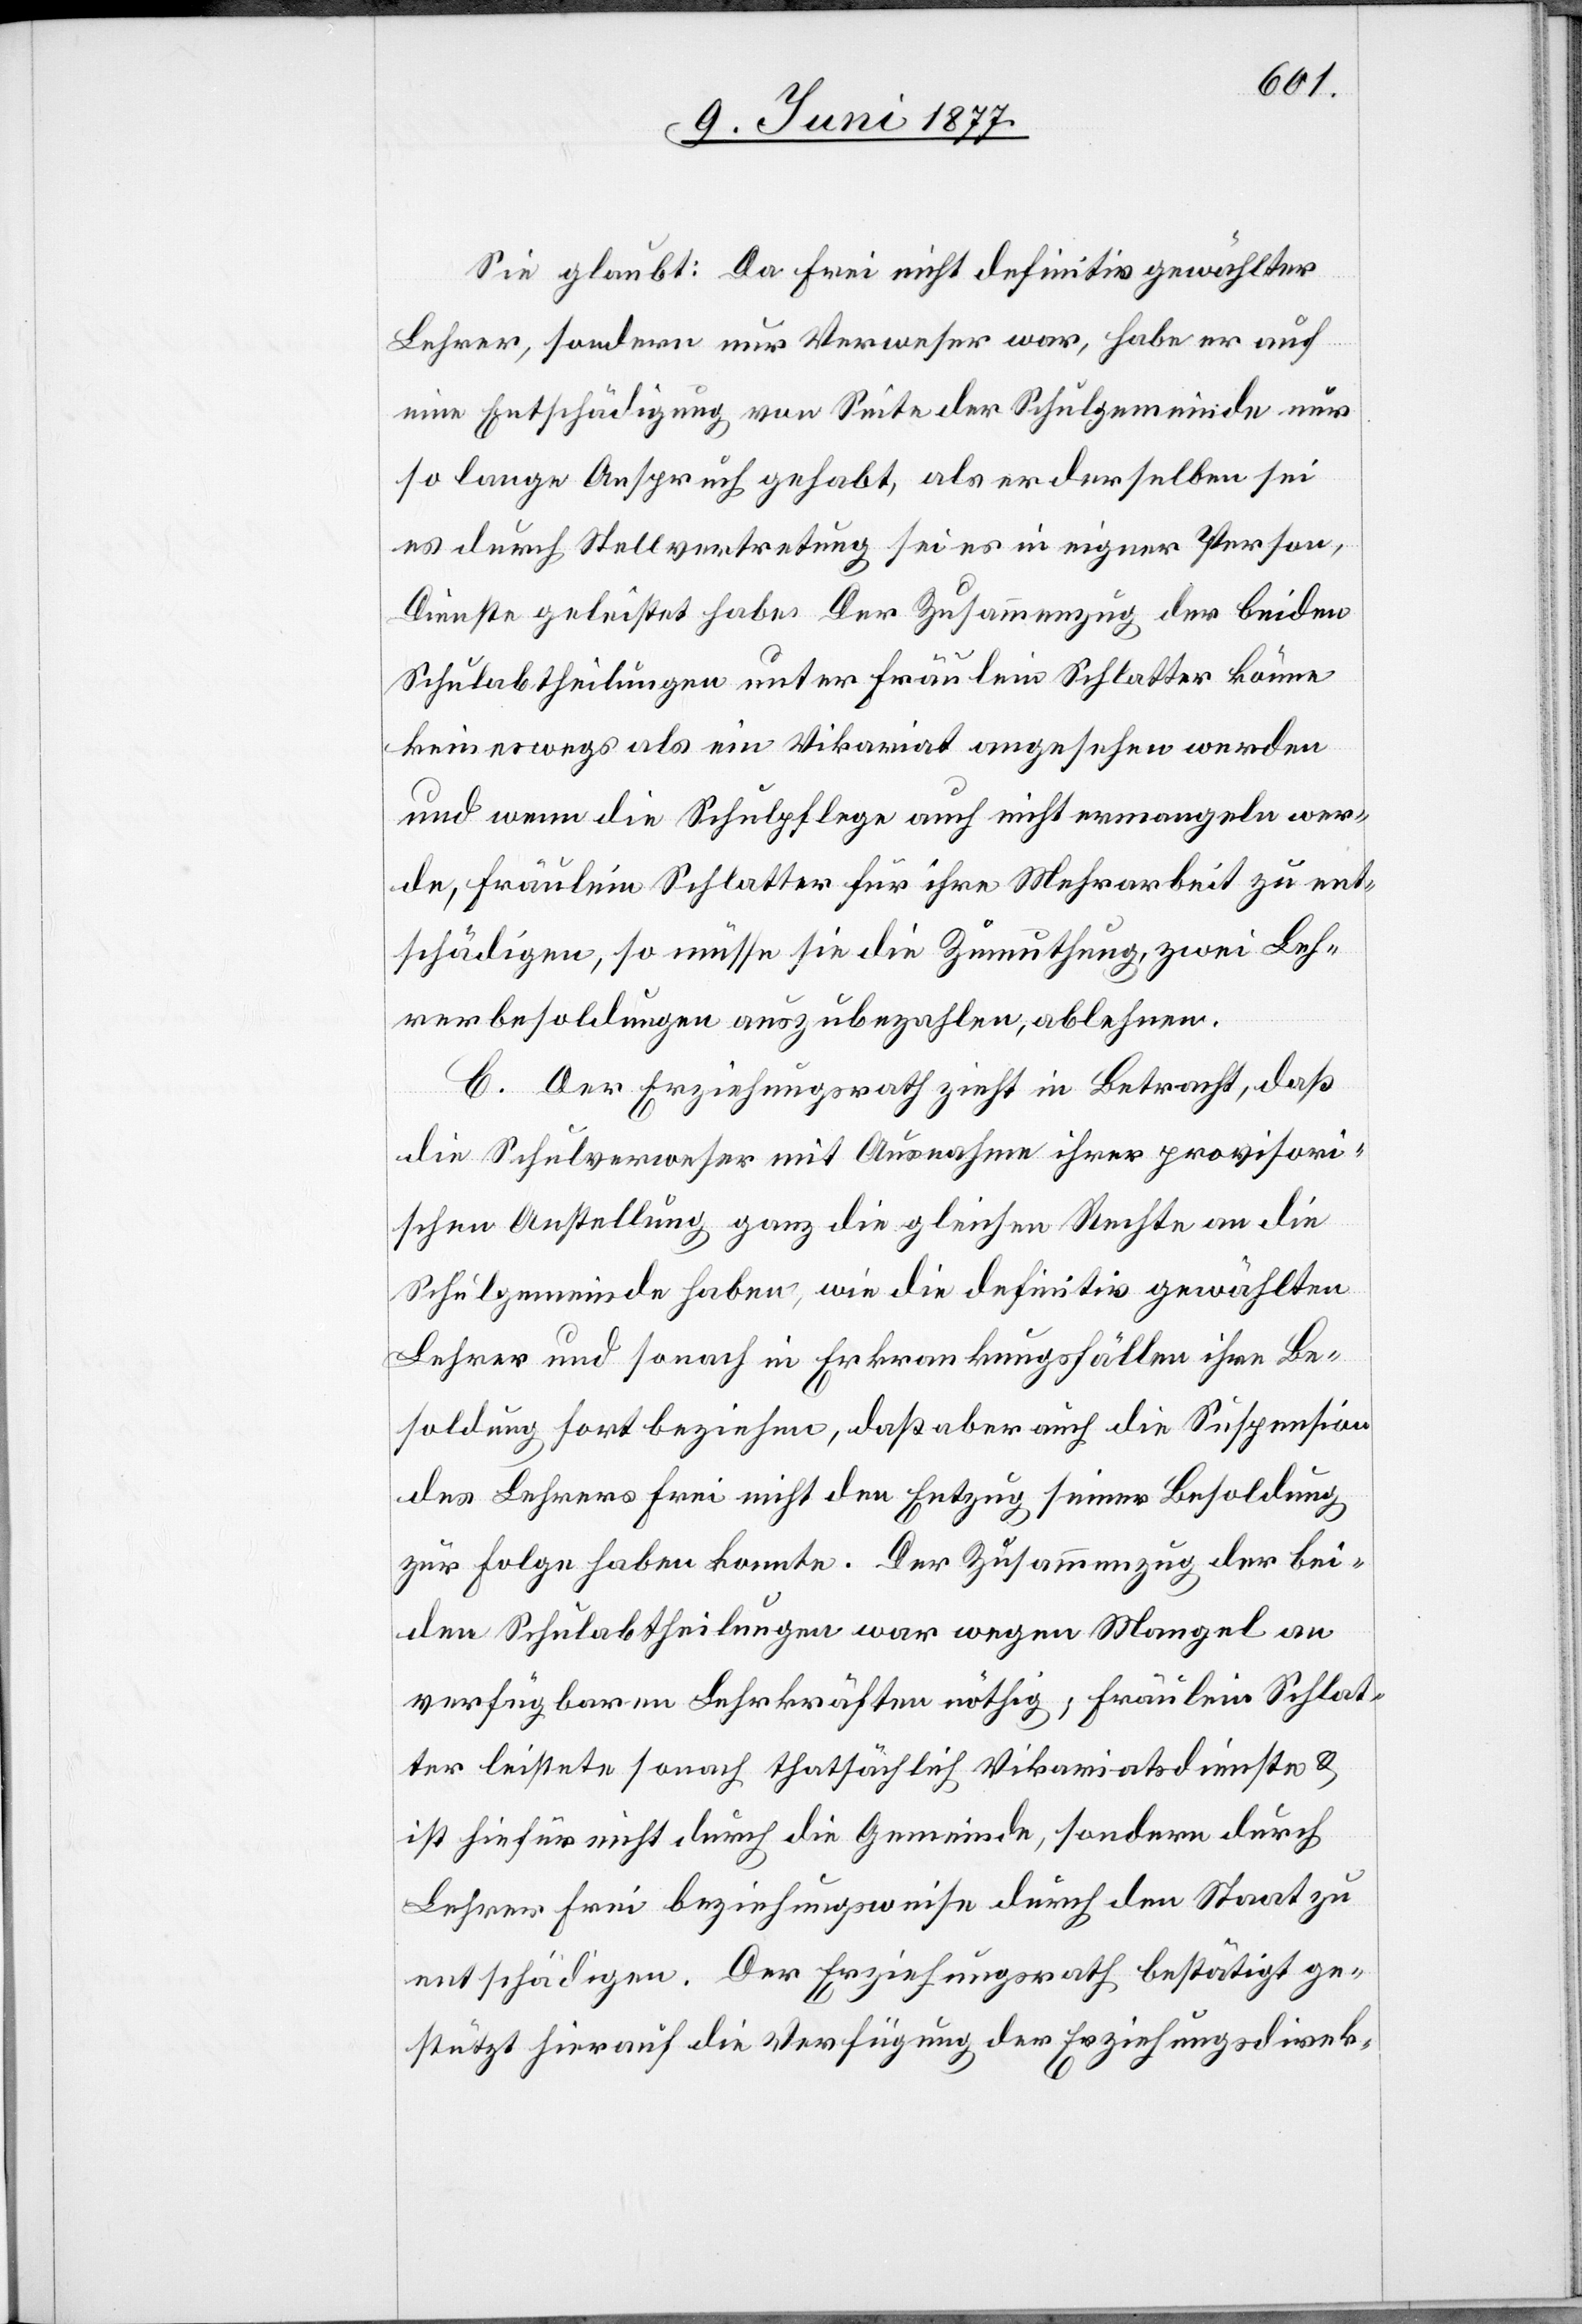
Sie glaubt: Da Frei nicht definitiv gewählter
Lehrer, sondern nur Verweser war, habe er auf
eine Entschädigung von Seite der Schulgemeinde nur
so lange Anspruch gehabt, als er derselben sei
es durch Stellvertretung sei es in eigner Person,
Dienste geleistet habe. Der Zusammenzug der beiden
Schulabtheilungen unter Fräulein Schlatter könne
keineswegs als ein Vikariat angesehen werden
und wenn die Schulpflege auch nicht ermangeln wer¬
de, Fräulein Schlatter für ihr Mehrarbeit zu ent¬
schädigen, so müsse sie die Zumuthung, zwei Leh¬
rerbesoldungen auszubezahlen, ablehnen.
C. Der Erziehungsrath zieht in Betracht, daß
die Schulverweser mit Ausnahme ihrer provisori¬
schen Anstellung ganz die gleichen Rechte an die
Schulgemeinde haben, wie die definitiv gewählten
Lehrer und sonach in Erkrankungsfällen ihre Be¬
soldung sofort bezahlen, daß aber auch die Suspension
des Lehrers Frei nicht den Entzug seiner Besoldung
zur Folge haben konnte. Der Zusammenzug der bei¬
den Schulabtheilungen war wegen Mangel an
verfügbaren Lehrkräften nöthig; Fräulein Schlat¬
ter leistete sonach thatsächlich Vikariatsdienste &
ist hiefür nicht durch die Gemeinde, sondern durch
Lehrer Frei beziehungsweise durch den Staat zu
entschädigen. Der Erziehungsrath bestätigt ge¬
stützt hierauf die Verfügung der Erziehungsdirek-